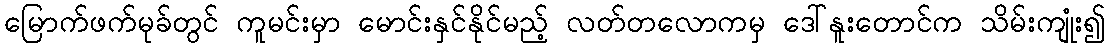
မြောက်ဖက်မုခ်တွင် ကူမင်းမှာ မောင်းနှင်နိုင်မည့် လတ်တလောကမှ ဒေါ်နူးတောင်က သိမ်းကျုံး၍